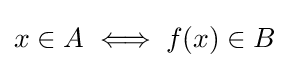
x\in A\iff f(x)\in B